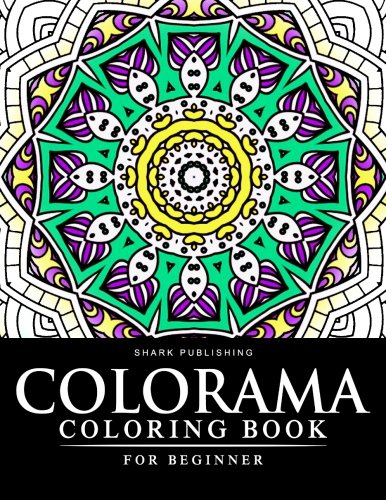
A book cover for Colorama coloring book for Beginner: Stress Relieving Patterns : Colorama Coloring books, coloring books for adults relaxation, Mandala Coloring Book (Volume 3); Colorama coloring book; Politics & Social Sciences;